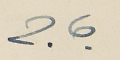
جاج